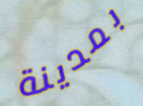
بمدينة